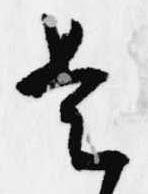
是